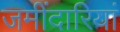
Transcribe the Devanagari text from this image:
जमींदारियां